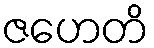
ဇဟေတိ